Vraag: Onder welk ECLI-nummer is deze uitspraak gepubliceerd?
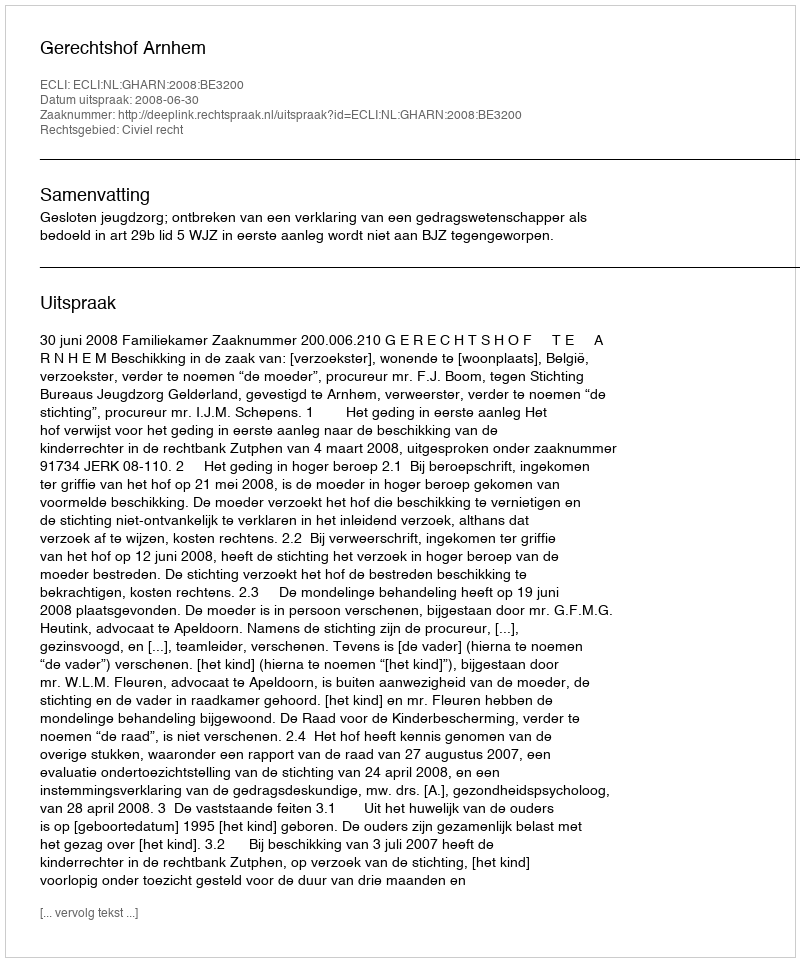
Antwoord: ECLI:NL:GHARN:2008:BE3200